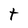
Character: t